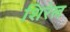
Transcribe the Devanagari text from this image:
शिरेल